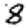
Digit: 8